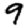
Digit: 9